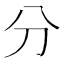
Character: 分